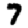
Digit: 7